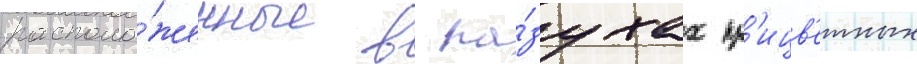
располо́женные в па́зухах пр'ицв'етных